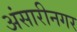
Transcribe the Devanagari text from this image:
अंसारीनगर